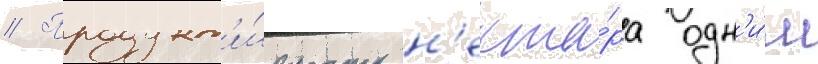
// Продукт'и́вность н'екта́ра одн'и́м